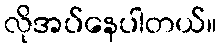
လိုအပ်နေပါတယ်။